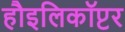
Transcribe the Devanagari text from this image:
हौइलिकॉप्टर